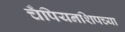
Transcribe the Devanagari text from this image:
चँपियनशिपच्या